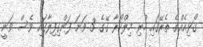
ގޯޅިއެއްގެ ތެރޭގައި ހުރި މިލްކޯރާ ގޭގެ 3 ވަނަ ފަންގިފިލާގައި ވެސް ވަނީ